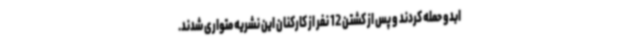
ابدو حمله کردند و پس از کشتن 12 نفر از کارکنان این نشریه متواری شدند.